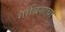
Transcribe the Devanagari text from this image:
गांबियाचा